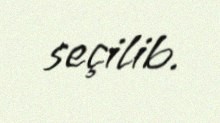
seçilib.